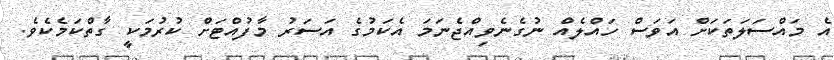
އެ މައްސަލަތަކަށް އަވަސް ހައްލެއް ނުގެނެވިއްޖެނަމަ އެކަމުގެ އަސަރު މާފުއްޓަށް ކުރުމަކީ ގާތްކަމެކެވެ.